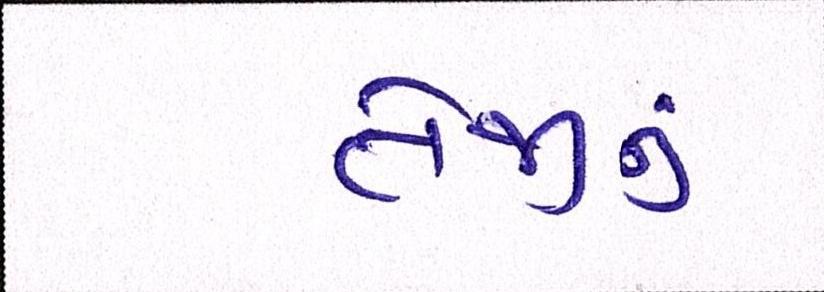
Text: તેજીનું